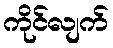
ကိုင်လျက်